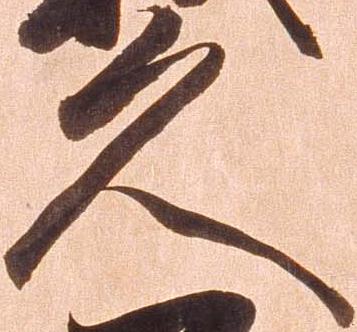
久